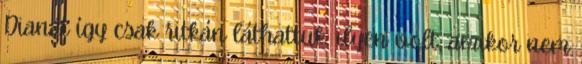
Dianát így csak ritkán láthattuk: ilyen volt, amikor nem